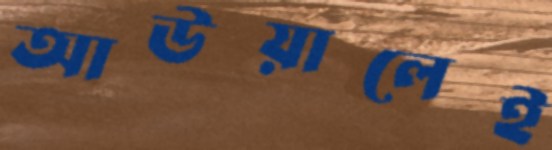
আউয়ালেই